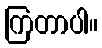
ကြတာပါ။